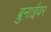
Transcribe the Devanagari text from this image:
ब्रुनाईवर